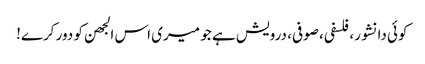
کوئی دانشور، فلسفی، صوفی، درویش ہے جو میری اس الجھن کو دور کرے!